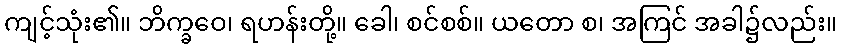
ကျင့်သုံး၏။ ဘိက္ခဝေ၊ ရဟန်းတို့။ ခေါ၊ စင်စစ်။ ယတော စ၊ အကြင် အခါ၌လည်း။